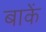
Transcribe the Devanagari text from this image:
बाकें